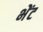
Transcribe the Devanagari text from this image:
भेेंट